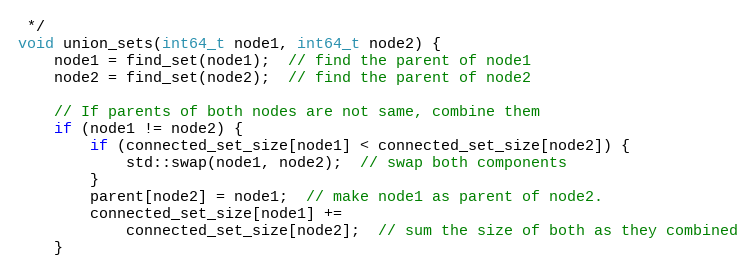
Language: C++
 */
void union_sets(int64_t node1, int64_t node2) {
    node1 = find_set(node1);  // find the parent of node1
    node2 = find_set(node2);  // find the parent of node2

    // If parents of both nodes are not same, combine them
    if (node1 != node2) {
        if (connected_set_size[node1] < connected_set_size[node2]) {
            std::swap(node1, node2);  // swap both components
        }
        parent[node2] = node1;  // make node1 as parent of node2.
        connected_set_size[node1] +=
            connected_set_size[node2];  // sum the size of both as they combined
    }